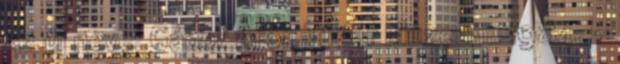
Az új neve: Gábor Áron Tüzér Múzeum. 1984. –